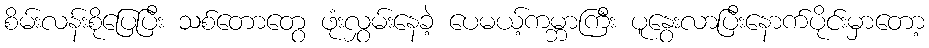
စိမ်းလန်းစိုပြေပြီး သစ်တောတွေ ဖုံးလွှမ်းနေခဲ့ ပေမယ့်ကမ္ဘာကြီး ပူနွေးလာပြီးနောက်ပိုင်းမှာတော့